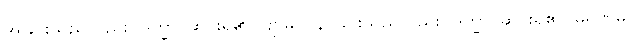
အိုခြင်းသည်လည်း။ ဒုက္ခာ၊ ဆင်းရဲ၏။ ဗျာဓိပိ၊ နာခြင်းသည်လည်း။ ဒုက္ခာ၊ ဆင်းရဲ၏။ မရဏမ္ပိ၊